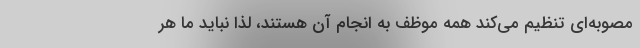
مصوبه‌ای تنظیم می‌کند همه موظف به انجام آن هستند، لذا نباید ما هر